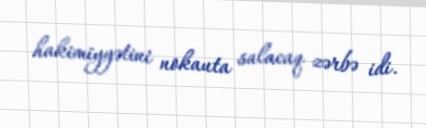
hakimiyyətini nokauta salacaq zərbə idi.